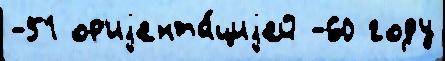
-51 ор'иjента́циjей -60 году